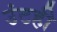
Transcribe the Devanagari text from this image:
उंटही